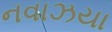
નવાઝયા